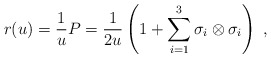
\begin{align*}r(u)=\frac{1}{u}P=\frac{1}{2u}\left(1+\sum_{i=1}^3\sigma_i\otimes\sigma_i\right)~,\end{align*}